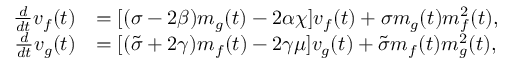
\begin{array} { r l } { \frac { d } { d t } v _ { f } ( t ) } & { = [ ( \sigma - 2 \beta ) m _ { g } ( t ) - 2 \alpha \chi ] v _ { f } ( t ) + \sigma m _ { g } ( t ) m _ { f } ^ { 2 } ( t ) , } \\ { \frac { d } { d t } v _ { g } ( t ) } & { = [ ( \tilde { \sigma } + 2 \gamma ) m _ { f } ( t ) - 2 \gamma \mu ] v _ { g } ( t ) + \tilde { \sigma } m _ { f } ( t ) m _ { g } ^ { 2 } ( t ) , } \end{array}